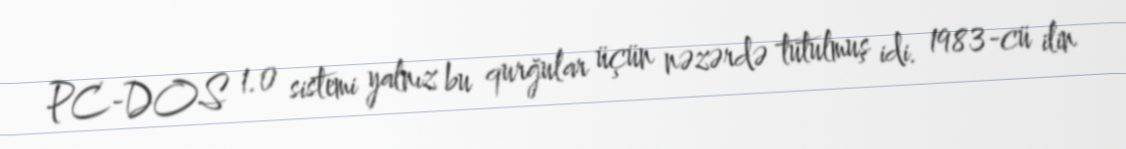
PC-DOS 1.0 sistemi yalnız bu qurğular üçün nəzərdə tutulmuş idi. 1983-cü ilin